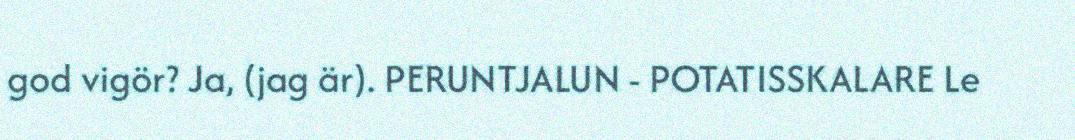
god vigör? Ja, (jag är). PERUNTJALUN - POTATISSKALARE Le